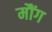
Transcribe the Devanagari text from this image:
मौंग